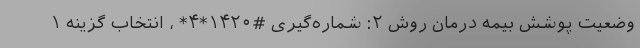
وضعیت پوشش بیمه درمان روش ۲: شماره‌گیری #۱۴۲۰*۴* ، انتخاب گزینه ۱